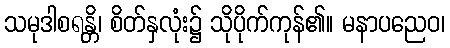
သမုဒါစရန္တိ၊ စိတ်နှလုံး၌ သိုပိုက်ကုန်၏။ မနာပညေဝ၊